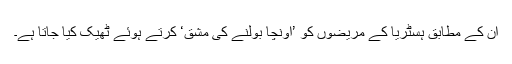
ان کے مطابق ہسٹریا کے مریضوں کو ’اونچا بولنے کی مشق‘ کرتے ہوئے ٹھیک کیا جاتا ہے۔